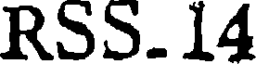
RSS.14